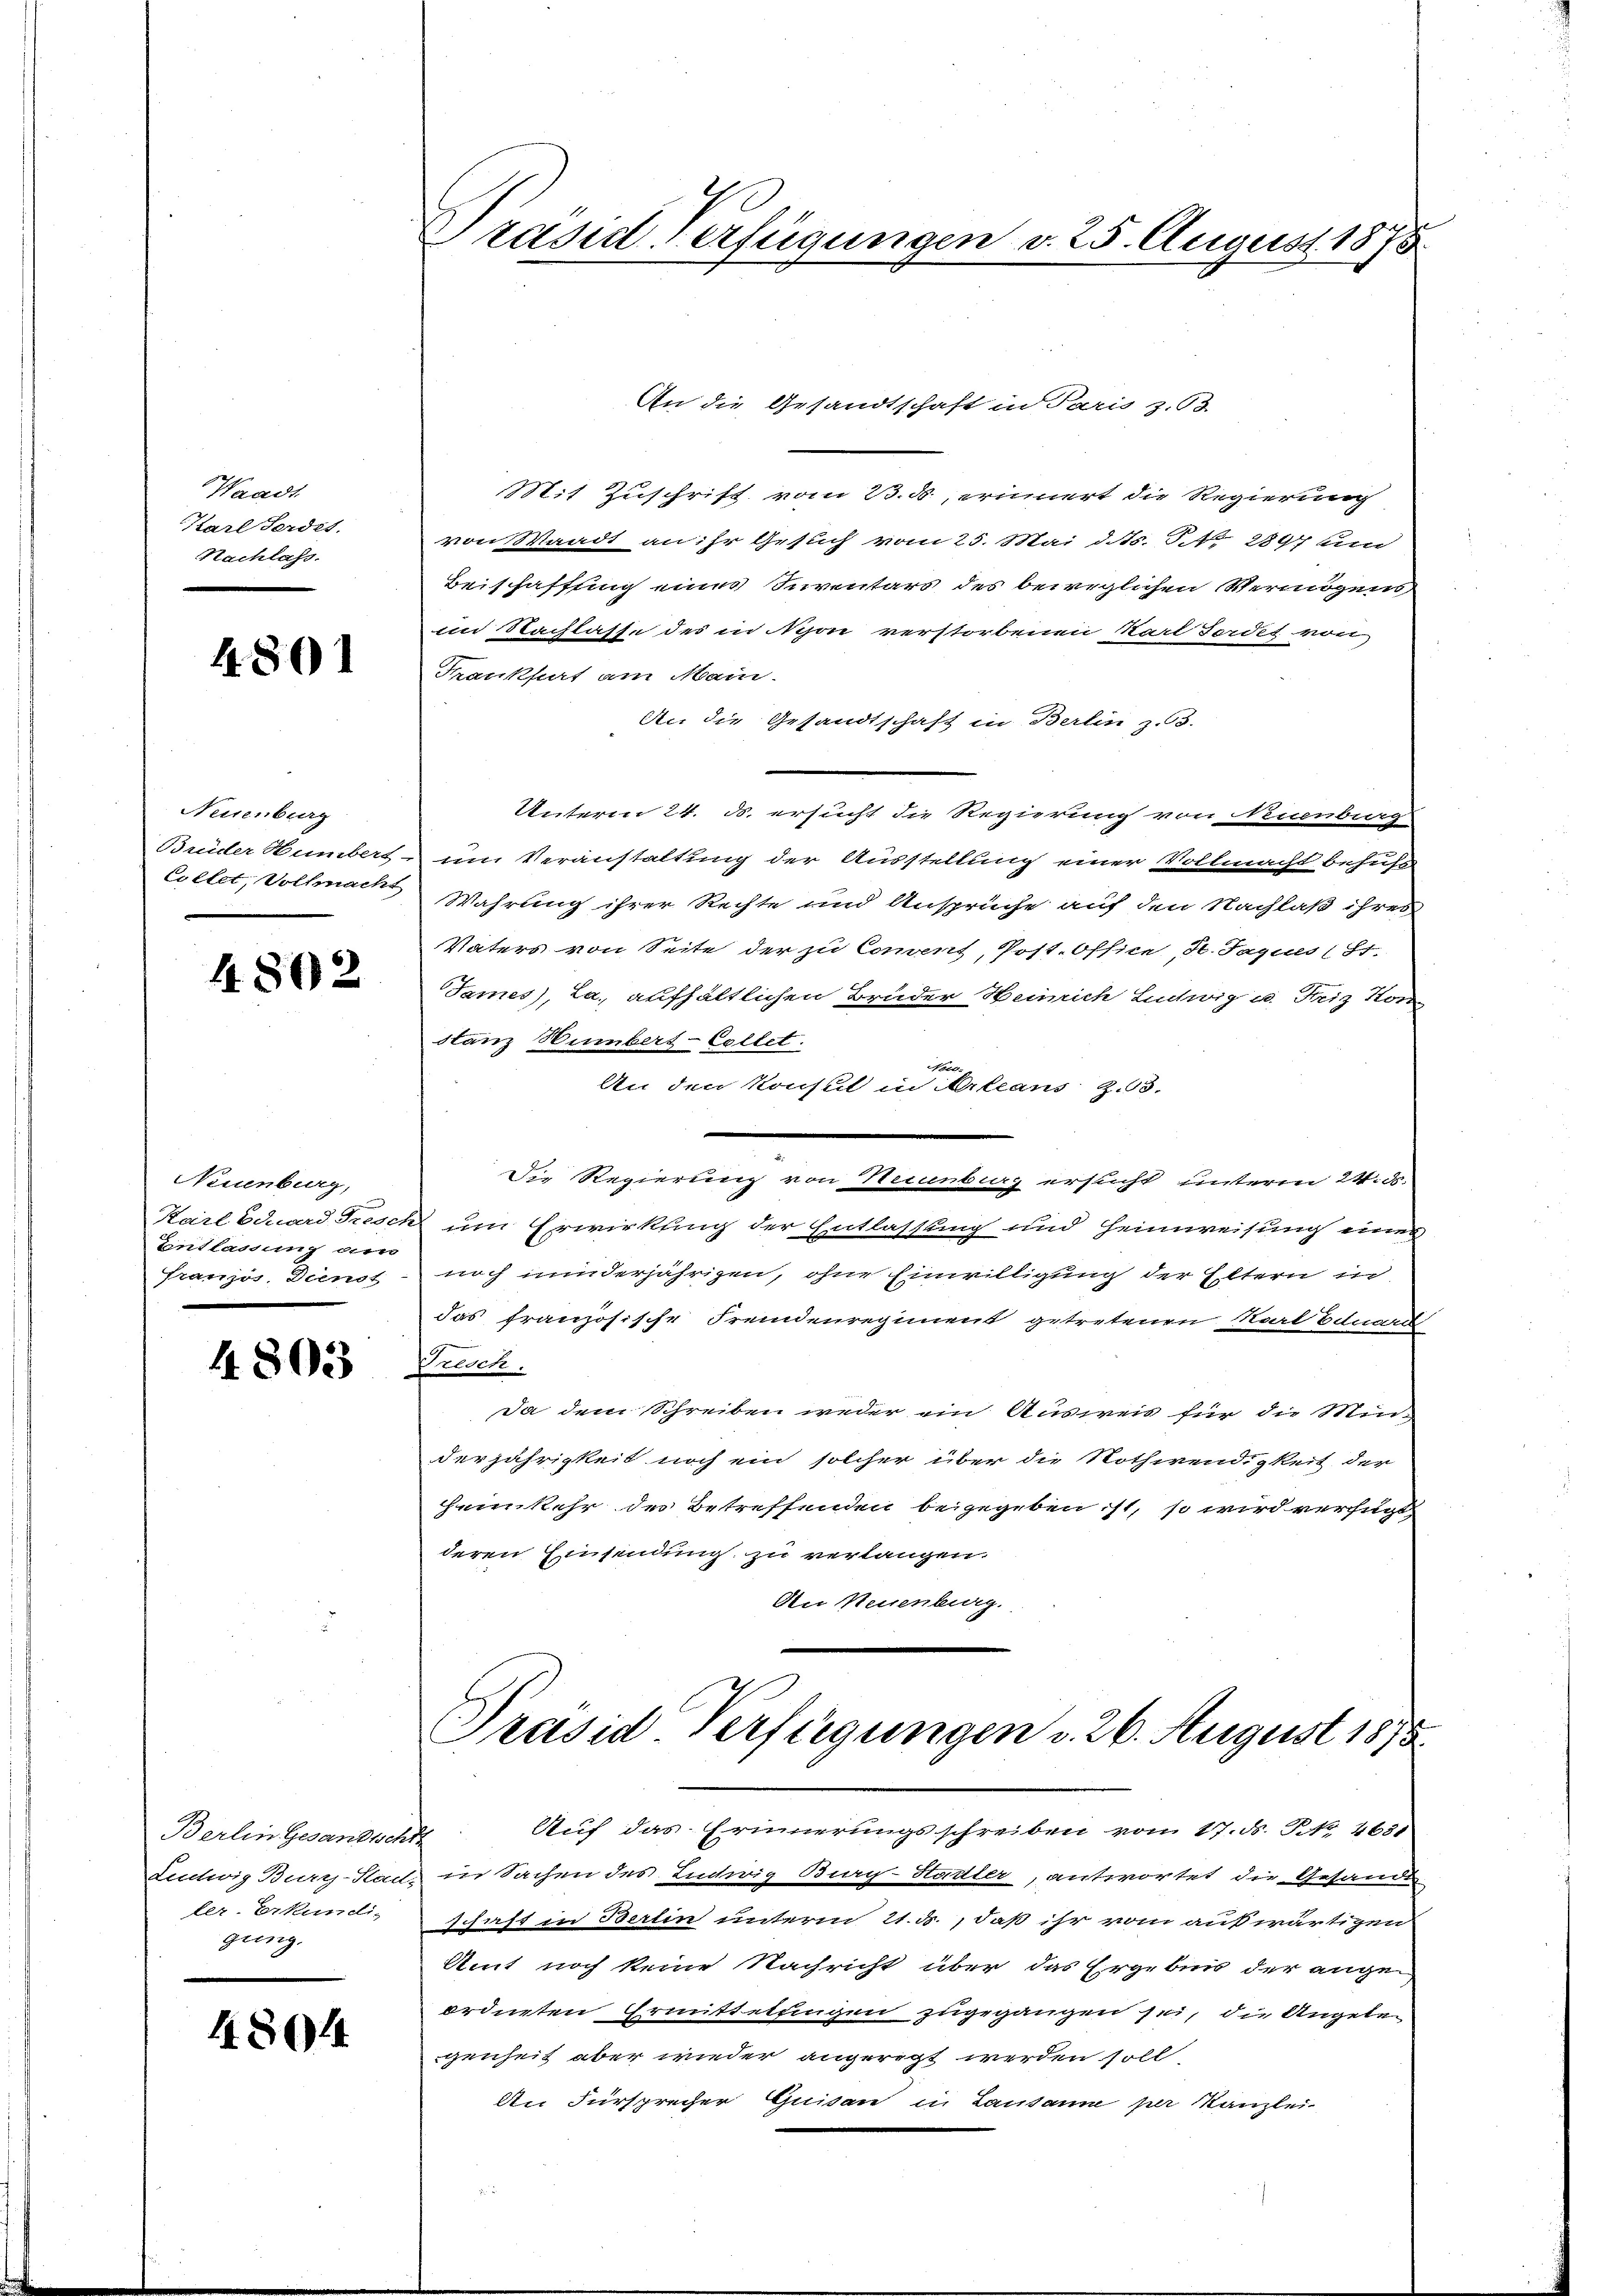
Waadt
Karl Ferdit.
Nachlass.

4.801

Nessenburg
Brüder Humbert
Collet, Vollmacht

4802

Neuenburg,
Karl Eduard Fiesch
Entlassung am
Franzi, Dienst

4. 803

Berlin Gesandtsche
Letwig Burg-Sad-
ler-Erkundi-
gung.

4804

Präsid. Verfügungen v. 25. August 1875

Mit Zuschrift vom 23. ds., erinnert die Regierung
von Waadt an ihr Gesuch vom 25. Mai d.ts. No 2897 und
Beischaffung eines Inventars des beireglichen Vermögens,
im Nachlasse des in Nyon verstorbenen Karl Fordet von
Frankfurt am Mai.
An die Gesandtschaft in Berlin z. B.
Unterm 24. ds. ersucht die Regierung von Neuenburg
im Veranstattung der Ausstellung einer Vollmacht behufs
Wahrung ihrer Rechte und Ansprüche auf den Nachlaß ihres
Vaters von Seite der zu Convent, Post. Office, St. Sagues St.
James), La., aufhältlichen Bruder Heinrich Lintwig u. Friz Kon-
dtanz Humbert-Collet.
n
An den Konsul in Arleans Z. 68.
Die Regierung von Neuenburg ersucht unterm 24. ds.
um Erwirkung der Entlassung und Heimreisung eines
noch minderjährigen, ohne Einwilligung der Eltern in
das französische Fremdenregiment getretenen Karl Eduard
Presch.
Da dem Schreiben weder ein Ausweis für die Minderjährigkeit noch ein solcher über die Nothwendigkeit der
heimkehr des Betreffenden beigegeben ist, so wird verfügt,
deren Einsendung zu verlangen.
An Neuenburg.

An die Gesandtschaft in Paris z. 58.

Präsid Verfügungen v. 26. August 1875.

Auf das Erinnerungsschreiben vom 17. d. S. 4631
in Sachen des Ludwig Biay-Hotier, antwortet die Gesande
schaft in Berlin unterm 21. ds., daß ihr vom auswärtigen
Amt noch keine Nachricht über das Ergebnis der angeordneten Ermittelfingen zugegangen sei, die Angelegenheit aber wieder angeregt werden soll,
An Fürsprecher Quisan in Lausanne per Kanzlei-